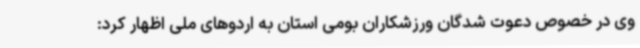
وی در خصوص دعوت شدگان ورزشکاران بومی استان به اردوهای ملی اظهار کرد: